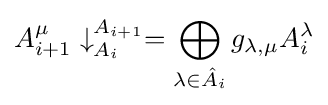
A_{i+1}^{\mu }\downarrow _{A_{i}}^{A_{i+1}}=\bigoplus _{\lambda \in {\hat {A}}_{i}}g_{\lambda ,\mu }A_{i}^{\lambda }